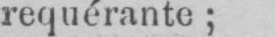
requérante;